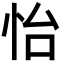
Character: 怡